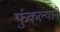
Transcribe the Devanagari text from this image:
फुंकल्याने